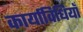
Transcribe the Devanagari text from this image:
कार्याविधियाँ